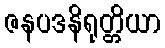
ဇနပဒနိရုတ္တိယာ